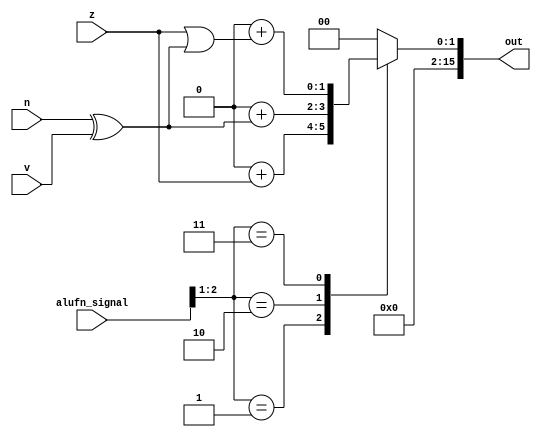
/*
   This file was generated automatically by Alchitry Labs version 1.2.1.
   Do not edit this file directly. Instead edit the original Lucid source.
   This is a temporary file and any changes made to it will be destroyed.
*/

module compareUnit_17 (
    input [0:0] z,
    input [0:0] v,
    input [0:0] n,
    input [5:0] alufn_signal,
    output reg [15:0] out
  );
  
  
  
  always @* begin
    
    case (alufn_signal[1+1-:2])
      2'h1: begin
        out = 16'h0000 + z;
      end
      2'h2: begin
        out = 16'h0000 + (n ^ v);
      end
      2'h3: begin
        out = 16'h0000 + (z | (n ^ v));
      end
      default: begin
        out = 16'h0000;
      end
    endcase
  end
endmodule